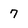
Character: 7